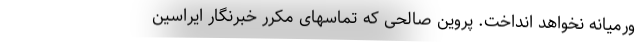
ورمیانه نخواهد انداخت. پروین صالحی که تماسهای مکرر خبرنگار ایراسین